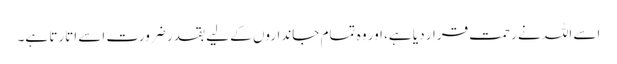
اسے اللہ نے رحمت قرار دیا ہے، اور وہ تمام جانداروں کے لیے بقدر ضرورت اسے اتارتا ہے۔